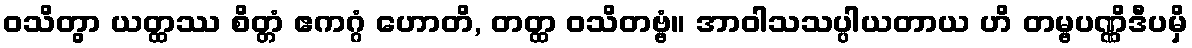
ဝသိတွာ ယတ္ထဿ စိတ္တံ ဧကဂ္ဂံ ဟောတိ, တတ္ထ ဝသိတဗ္ဗံ။ အာဝါသသပ္ပါယတာယ ဟိ တမ္ဗပဏ္ဏိဒီပမှိ